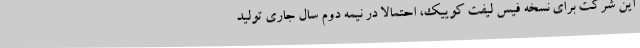
این شرکت برای نسخه فیس لیفت کوییک، احتمالاً در نیمه دوم سال جاری تولید